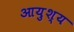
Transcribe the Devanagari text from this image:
आयुश्य